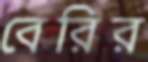
বেরির